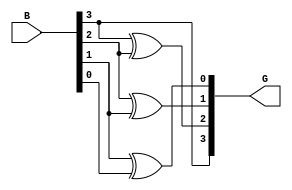
module gray_code_encoder #(parameter n = 4) (
    input  [n-1:0] B,  // n-bit binary input
    output [n-1:0] G   // n-bit Gray code output
);

// Combinational logic for Gray code conversion
assign G[n-1] = B[n-1];                  // MSB remains the same
genvar i;
generate
    for (i = n-2; i >= 0; i = i - 1) begin: gray_logic
        assign G[i] = B[i+1] ^ B[i];      // XOR between current and previous bit
    end
endgenerate

endmodule